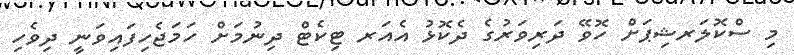
މި ސްކޮލަރޝިޕަށް ހޮވޭ ދަރިވަރުގެ ދެކޮޅު އެއަރ ޓިކެޓް ދިނުމަށް ހަމަޖެހިފައިވަނީ ދިވެހި